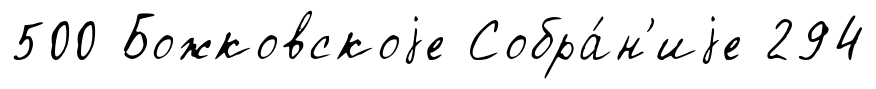
500 Божковскоjе Собра́н'иjе 294